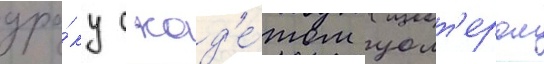
дра́ку с кад'е́том уолт'ером